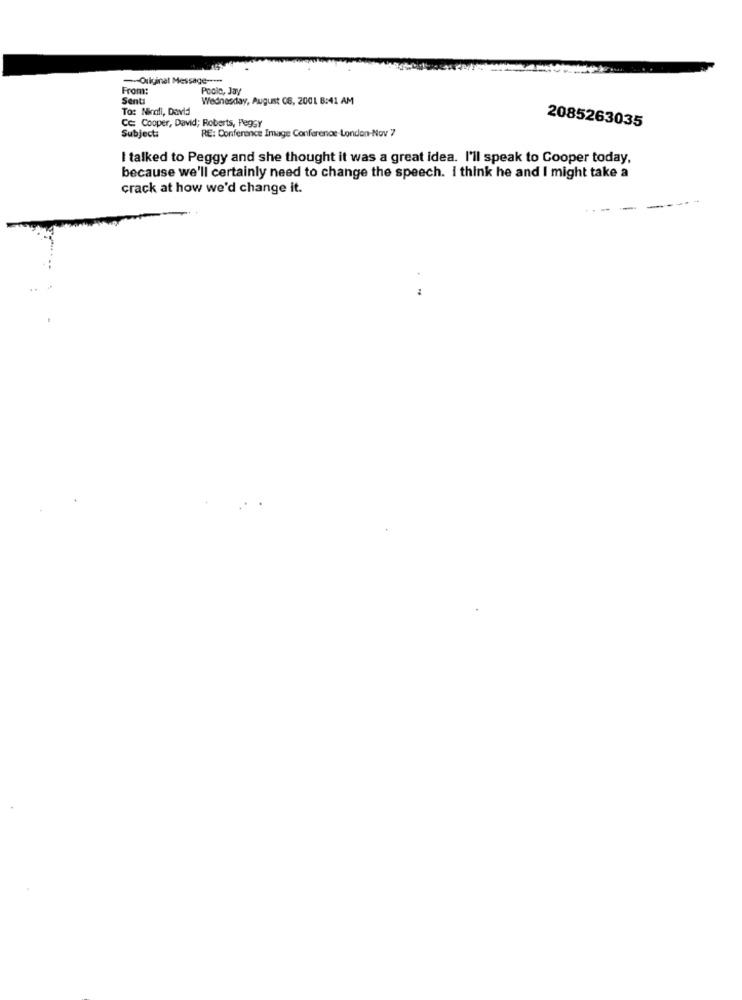
Original Message --***
From:
Poole, Jay
Senti
Wednesday, August CS, 2001 8:41 AM
To: Ninali, David
2085263035
Cc: Cooper, David; Roberts, Peggy
RE: Conferance Image Conference London-Nov 7
Subject:
I talked to Peggy and she thought it was a great idea. I'll speak to Cooper today,
because we'll certainly need to change the speech. I think he and I might take a
crack at how we'd change it.